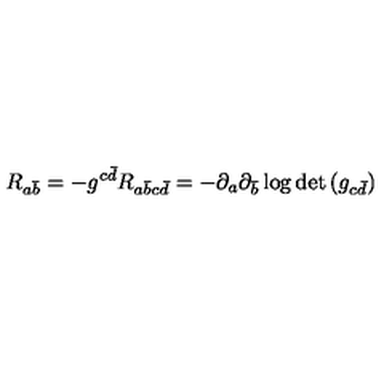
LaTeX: R _ { a { \bar { b } } } = - g ^ { c { \bar { d } } } R _ { a { \bar { b } } c { \bar { d } } } = - \partial _ { a } \partial _ { \bar { b } } \log { \det { ( g _ { c { \bar { d } } } ) } }